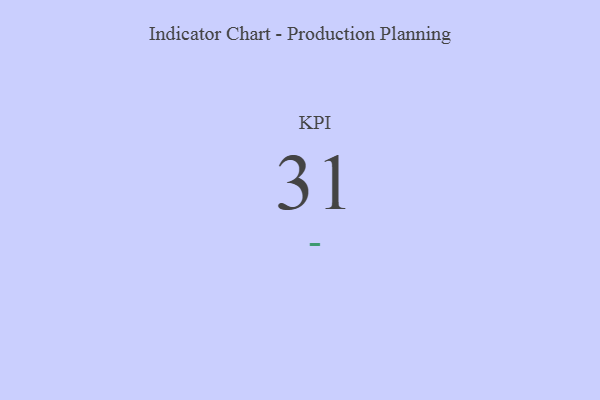
{"axis": {"x": "KPI", "y": "Value"}, "legend": [""], "data": [{"x": "KPI", "y": 31, "type": ""}]}